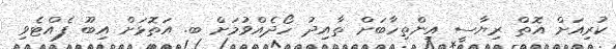
ކުރިއަށް އޮތް ރިޔާސީ އިންތިހާބަށް ތާއިދު ހޯދެއްވުމަށް ބ. އަތޮޅަށް އިބޫ ފެއްޓެވި